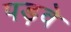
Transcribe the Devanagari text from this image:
पड़वे